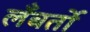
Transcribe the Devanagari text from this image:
लँबर्तो